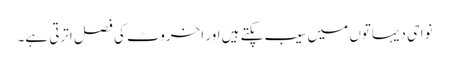
نواحی دیہاتوں میں سیب پکتے ہیں اور اخروٹ کی فصل اترتی ہے۔